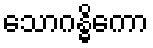
သောဂန္ဓိကော